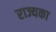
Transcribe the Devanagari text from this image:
राज्यका